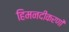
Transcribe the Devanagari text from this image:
हिमनदीकरणों